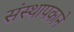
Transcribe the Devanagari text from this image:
संस्थापकाने